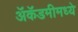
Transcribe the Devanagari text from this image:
ॲकॅडमीमध्ये